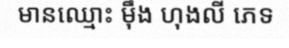
មានឈ្មោះ ម៉ឹង ហុងលី ភេទ